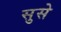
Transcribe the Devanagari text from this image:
सुसे